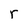
Character: r